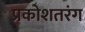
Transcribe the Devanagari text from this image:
प्रकोशतरंग